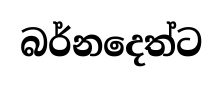
බර්නදෙත්ට